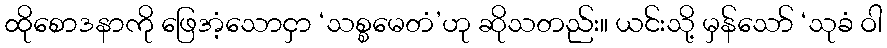
ထိုစောဒနာကို ဖြေအံ့သောငှာ ‘သစ္စမေတံ’ဟု ဆိုသတည်း။ ယင်းသို့ မှန်သော် ‘သုခံ ဝါ